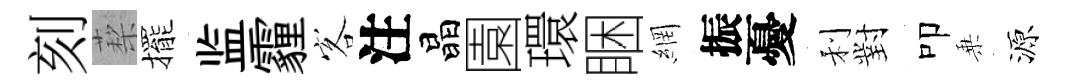
刻蔾擺监霾客注晶園環睏網振憂利對叩乗源